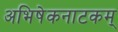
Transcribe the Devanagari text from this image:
अभिषेकनाटकम्